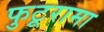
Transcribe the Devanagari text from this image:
फुटूरामा